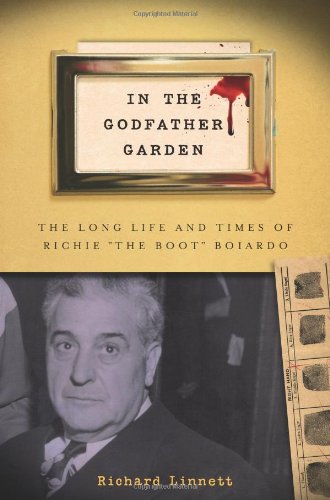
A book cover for In the Godfather Garden: The Long Life and Times of Richie "the Boot" Boiardo (Rivergate Regionals Collection); Mr. Richard Linnett; Biographies & Memoirs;